Annual vaccination report of Bihar and Orissa - 1911-1928
Year: 1911
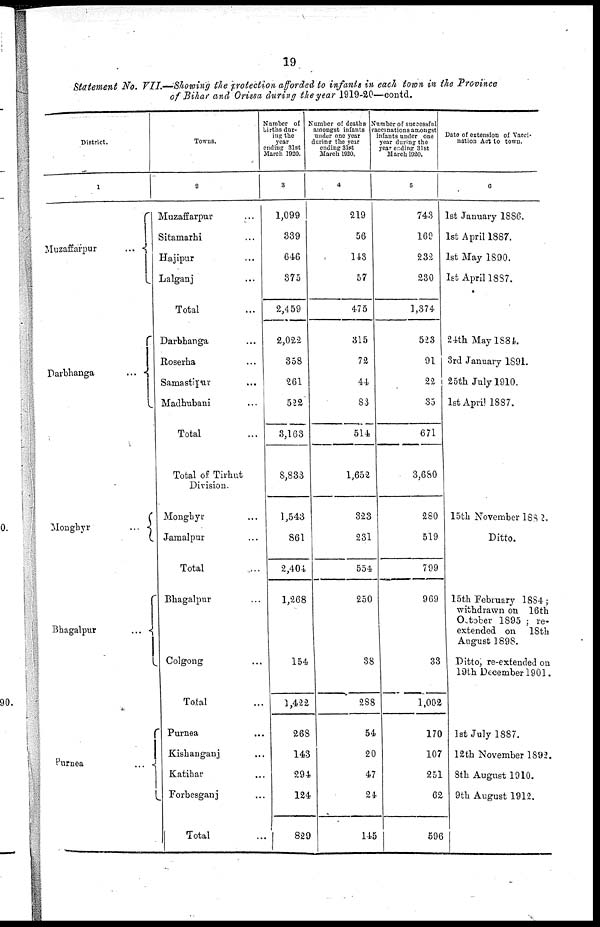
19
Statement No. VII.—Showing the protection afforded to infants in each town in the Province
of Bihar and Orissa during the year 1919-20—contd.
District.
1
Muzaffarpur
...
Darbhanga
...
Monghyr
...
Bhagalpur
...
Purnea
...
Towns.
2
Muzaffarpur ...
Sitamarhi ...
Hajipur ...
Lalganj ...
Total ...
Darbhanga ...
Roserha ...
Samastipur
...
Madhubani ...
Total ...
Total of Tirhut
Division.
Monghyr ...
Jamalpur ...
Total ...
Bhagalpur ...
Colgong ...
Total ...
Purnea ...
Kishanganj ...
Katihar ...
Forbesganj ...
Total ...
Number of
births dur-
ing the
year
ending 31st
March 1920.
3
1,099
339
646
375
2,459
2,022
358
261
522
3,163
8,833
1,543
861
2,404
1,268
154
1,422
268
143
294
124
829
Number of deaths
amongst infants
under one year
during the year
ending 31st
March 1920.
4
219
56
143
57
475
315
72
44
83
514
1,652
323
231
554
250
38
288
54
20
47
24
145
Number of successful
vaccinations amongst
infants under one
year during the
year ending 31st
March 1920.
5
743
169
232
230
1,374
523
91
22
35
671
3,680
280
519
799
969
33
1,002
170
107
251
62
596
Date of extension of Vacci-
nation Act to town.
6
1st January 1886.
1st April 1887.
1st May 1890.
1st April 1887.
24th May 1884.
3rd January 1891.
25th July 1910.
1st April 1887.
15th November 1882.
Ditto.
15th February 1884;
withdrawn on 16th
October 1895 ; re-
extended on 18th
August 1898.
Ditto, re-extended on
19th December 1901.
1st July 1887.
12th November 1892.
8th August 1910.
9th August 1912.